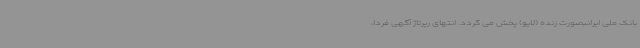
بانک ملی ایرانبصورت زنده (لایو) پخش می گردد. انتهای رپرتاژ آگهی فردا،